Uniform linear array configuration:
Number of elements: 32
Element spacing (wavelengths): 0.5
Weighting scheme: exponential
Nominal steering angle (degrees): -45
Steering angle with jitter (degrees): -46.117
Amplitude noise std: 0.05
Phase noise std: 0.05

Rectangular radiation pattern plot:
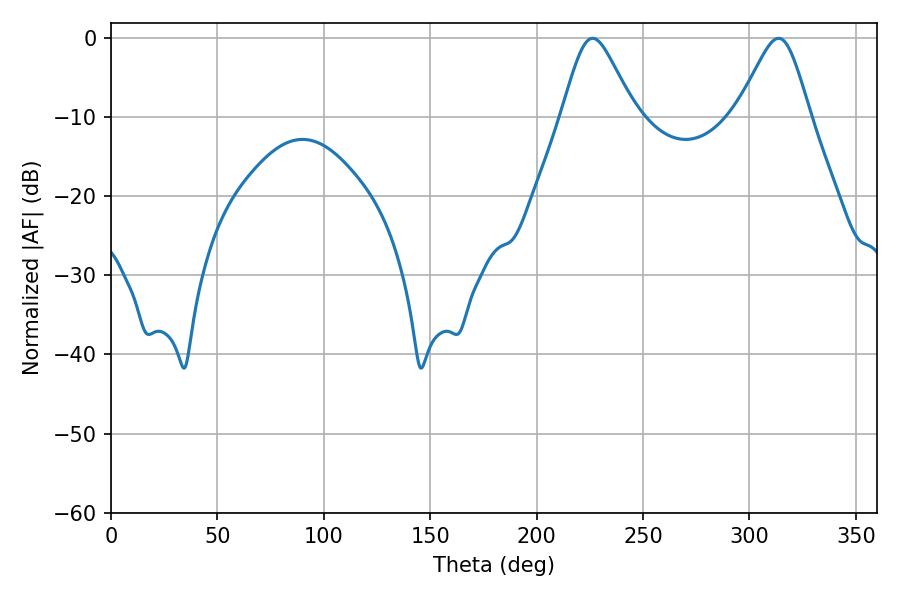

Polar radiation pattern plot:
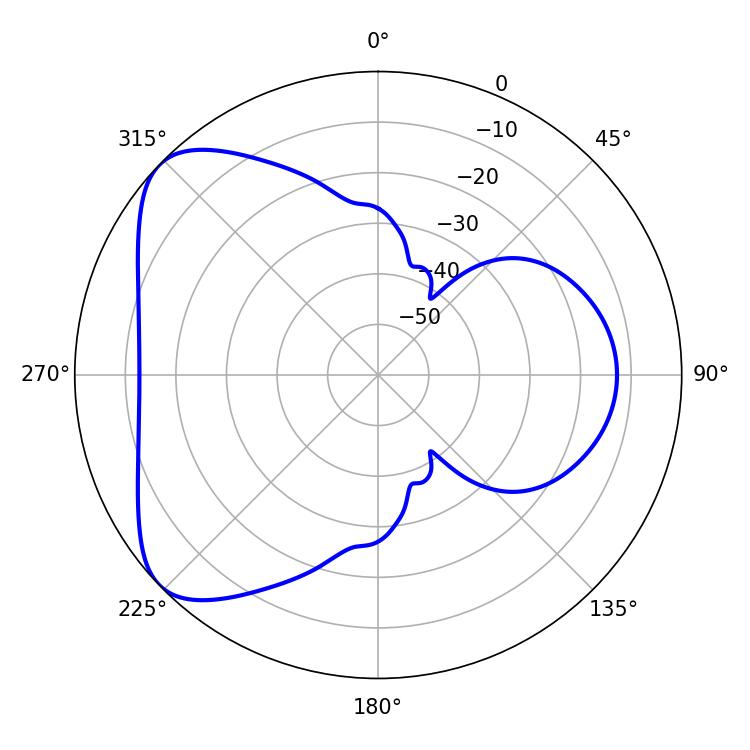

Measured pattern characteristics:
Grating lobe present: FALSE
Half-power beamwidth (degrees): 16.74
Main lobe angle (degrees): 226.26